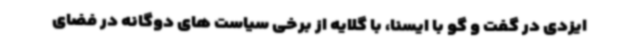
ایزدی در گفت و گو با ایسنا، با گلایه از برخی سیاست های دوگانه در فضای